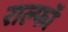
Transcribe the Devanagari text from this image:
राल्फॉ